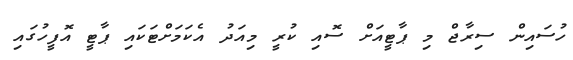
ހުސައިން ސިރާޖް މި ޕާޓީއަށް ސޮއި ކުރީ މިއަދު އެކަމަށްޓަކައި ޕާޓީ އޮފީހުގައި